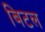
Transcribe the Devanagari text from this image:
बिटल